Vaccination in the Punjab 1867-1880 - 1867-1880
Year: 1867
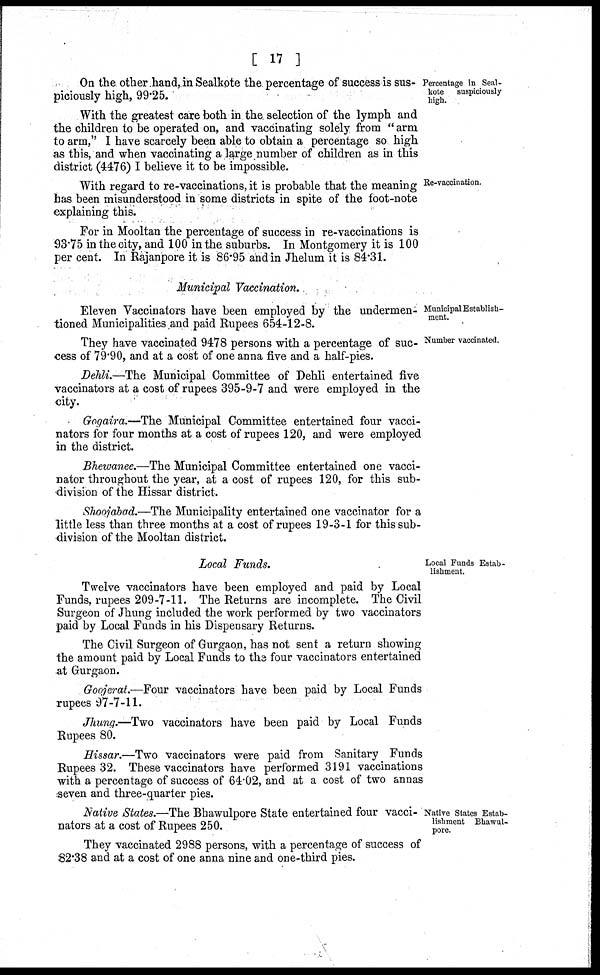
[ 17 ]
Percentage in Seal-
kote suspiciously
high.
On the other hand, in Sealkote the percentage of success is sus-
piciously high, 99.25.
With the greatest care both in the selection of the lymph and
the children to be operated on, and vaccinating solely from "arm
to arm," I have scarcely been able to obtain a percentage so high
as this, and when vaccinating a large number of children as in this
district (4476) I believe it to be impossible.
Re-vaccination.
With regard to re-vaccinations, it is probable that the meaning
has been misunderstood in some districts in spite of the foot-note
explaining this.
For in Mooltan the percentage of success in re-vaccinations is
93.75 in the city, and 100 in the suburbs. In Montgomery it is 100
per cent. In Rajanpore it is 86.95 and in Jhelum it is 84.31.
Municipal Vaccination.
Municipal Establish-
ment.
Eleven Vaccinators have been employed by the undermen-
tioned Municipalities and paid Rupees 654-12-8.
Number vaccinated.
They have vaccinated 9478 persons with a percentage of suc-
cess of 79.90, and at a cost of one anna five and a half-pies.
Dehli.—The Municipal Committee of Dehli entertained five
vaccinators at a cost of rupees 395-9-7 and were employed in the
city.
Gogaira.—The Municipal Committee entertained four vacci-
nators for four months at a cost of rupees 120, and were employed
in the district.
Bhewanee.—The Municipal Committee entertained one vacci-
nator throughout the year, at a cost of rupees 120, for this sub-
division of the Hissar district.
Shoojabad.—The Municipality entertained one vaccinator for a
little less than three months at a cost of rupees 19-3-1 for this sub-
division of the Mooltan district.
Local Funds.
Local Funds Estab-
lishment.
Twelve vaccinators have been employed and paid by Local
Funds, rupees 209-7-11. The Returns are incomplete. The Civil
Surgeon of Jhung included the work performed by two vaccinators
paid by Local Funds in his Dispensary Returns.
The Civil Surgeon of Gurgaon, has not sent a return showing
the amount paid by Local Funds to the four vaccinators entertained
at Gurgaon.
Goojerat.—Four vaccinators have been paid by Local Funds
rupees 97-7-11.
Jhung.—Two vaccinators have been paid by Local Funds
Rupees 80.
Hissar.—Two vaccinators were paid from Sanitary Funds
Rupees 32. These vaccinators have performed 3191 vaccinations
with a percentage of success of 64.02, and at a cost of two annas
seven and three-quarter pies.
Native States Estab-
lishment Bhawul-
pore.
Native States. The Bhawulpore State entertained four vacci-
nators at a cost of Rupees 250.
They vaccinated 2988 persons, with a percentage of success of
82.38 and at a cost of one anna nine and one-third pies.